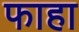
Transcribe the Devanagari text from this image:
फाहा